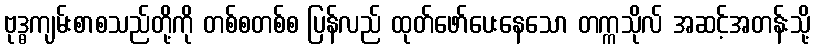
ဗုဒ္ဓကျမ်းစာစသည်တို့ကို တစ်စတစ်စ ပြန်လည် ထုတ်ဖော်ပေးနေသော တက္ကသိုလ် အဆင့်အတန်းသို့